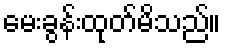
မေးခွန်းထုတ်မိသည်။